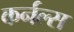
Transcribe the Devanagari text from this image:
कर्नल्स